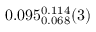
0 . 0 9 5 _ { 0 . 0 6 8 } ^ { 0 . 1 1 4 } ( 3 )